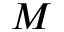
\boldsymbol { M }